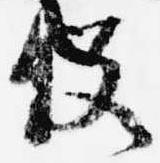
役